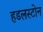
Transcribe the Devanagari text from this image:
हडलस्टोन